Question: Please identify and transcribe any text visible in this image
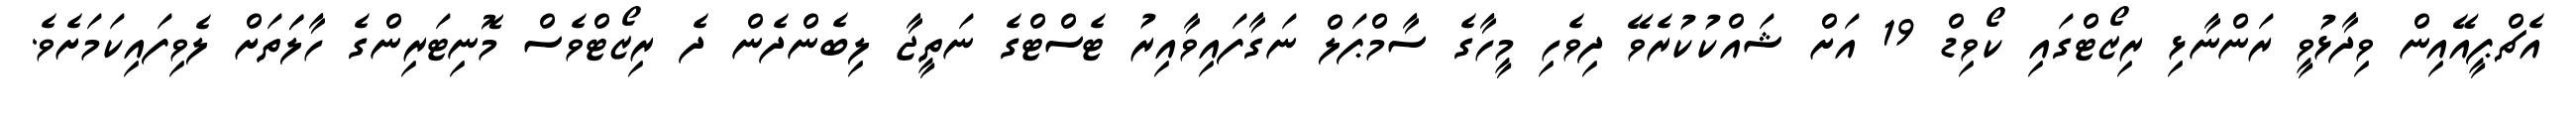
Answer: އެޗްޕީއޭއިން ވިދާޅުވީ ރަންނާޅި ރިޒޯޓްގައި ކޯވިޑް 19 އަށް ޝައްކުކުރެވޭ ދިވެހި މީހާގެ ސާމްޕަލް ނަގާފައިވާއިރު ޓެސްޓްގެ ނަތީޖާ ލިބެންދެން ދެ ރިޒޯޓްވެސް މޮނިޓަރިންގެ ހާލަަތަށް ލެވިފައިކަމަށެވެ.